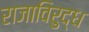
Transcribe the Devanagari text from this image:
राजाविरुद्ध